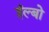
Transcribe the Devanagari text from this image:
ईल्बो